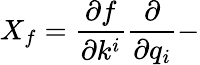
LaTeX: X_{f}=\frac{\partial f}{\partial k^{i}}\frac{\partial}{\partial q_{i}}-